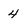
Character: 4